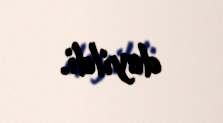
deyildi.